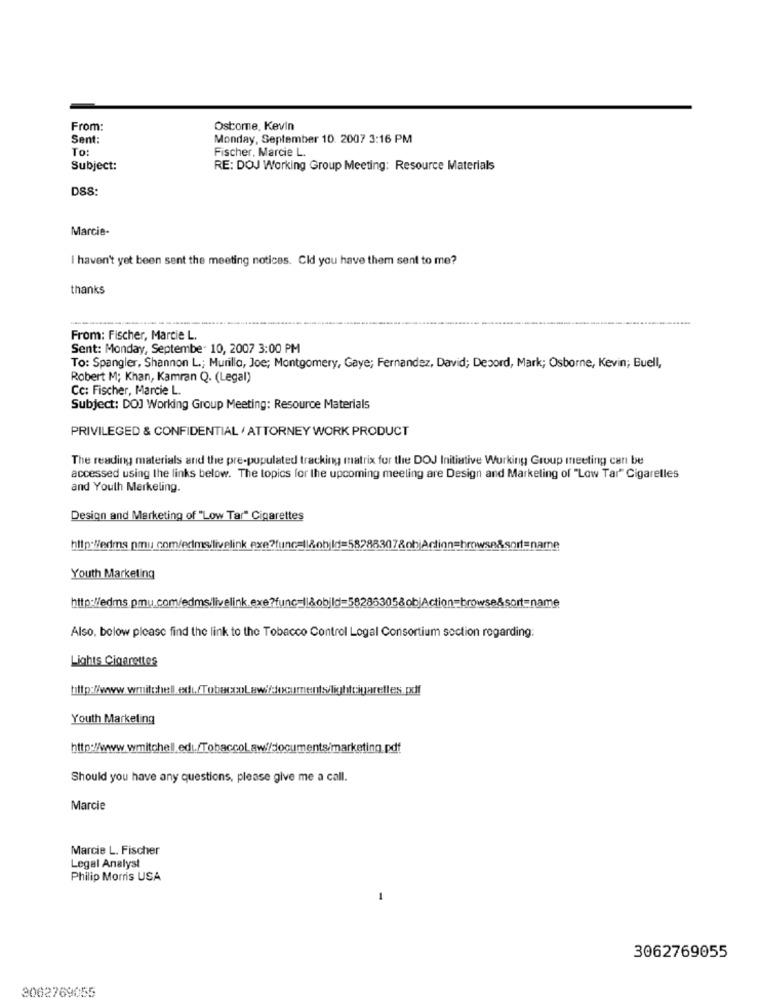
From:
Oscome, Kevin
Sent:
Monday, September 10. 2007 3:16 PM
To:
Fischer, Marcie L.
Subject:
RE: DOJ Working Group Meeting: Resource Materials
DSS:
Marcie-
I haven't yet been sent the meeting notices. Cid you have them sent to me?
thanks
From: Fischer, Marcie L.
Sent: Monday, September 10, 2007 3:00 PM
To: Spangler, Shannon L .; Murillo, Joe; Montgomery, Gaye; Fernandez, David; Debord, Mark; Osborne, Kevin; Buell,
Robert M; Khan, Kamran Q. (Legal)
Cc: Fischer, Marcie L.
Subject: DOJ Working Group Meeting: Resource Materials
PRIVILEGED & CONFIDENTIAL / ATTORNEY WORK PRODUCT
The reading materials and the pre-populated tracking matrix for the DOJ Initiative Working Group meeting can be
accessed using the links below. The topics for the upcoming meeting are Design and Marketing of "Low Tar" Cigarelles
and Youlh Markeling.
Design and Marketing of "Low Tar" Cigarettes
http://edms pmu com/edims/livelink exe?func=1l&ohild=5878830780hiAction=browse&sortename
Youth Marketing
http://edms.pmu.com/edms.livelink.exe?func_||&objid=582853058objAction
browse&sort-name
Also, below please find the link to the Tobacco Control Logal Consortium section regarding:
Lights Cigarettes
Youth Marketing
Should you have any questions, please give me a call.
Marcie
Marcie L. Fischer
Legal Analyst
Philip Morris USA
3062769055
2062769055